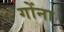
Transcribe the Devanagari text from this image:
गोंना